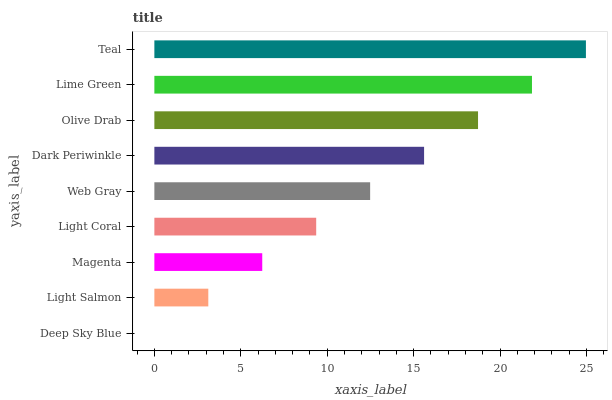
| yaxis_label | bars |
 | --- | --- |
 | Deep Sky Blue | 0 |
 | Light Salmon | 3.12 |
 | Magenta | 6.24 |
 | Light Coral | 9.36 |
 | Web Gray | 12.5 |
 | Dark Periwinkle | 15.6 |
 | Olive Drab | 18.7 |
 | Lime Green | 21.8 |
 | Teal | 25 |